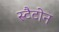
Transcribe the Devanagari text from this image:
स्टैटोन